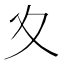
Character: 夊